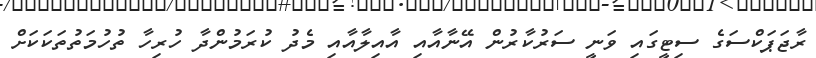
ރާޖަޕަކްސަގެ ސިޓީގައި ވަނީ ސަރުކާރުން އޭނާއާއި އާއިލާއާއި މެދު ކުރަމުންދާ ހުރިހާ ތުހުމަތުތަކަކަށް